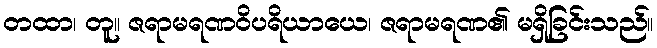
တထာ၊ တူ။ ဇရာမရဏဝိပရိယာယေ၊ ဇရာမရဏ၏ မရှိခြင်းသည်။